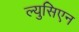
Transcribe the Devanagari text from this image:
ल्युसिएन